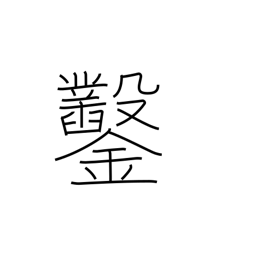
Meaning: chisel